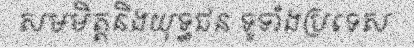
សមមិត្តនិងយុទ្ធជន ទូទាំងប្រទេស